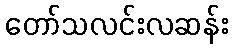
တော်သလင်းလဆန်း